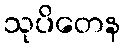
သုပိတေန